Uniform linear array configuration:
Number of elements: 8
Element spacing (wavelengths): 0.75
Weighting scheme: cosine
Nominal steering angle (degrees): -30
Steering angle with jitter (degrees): -28.374
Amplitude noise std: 0.05
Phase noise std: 0.05

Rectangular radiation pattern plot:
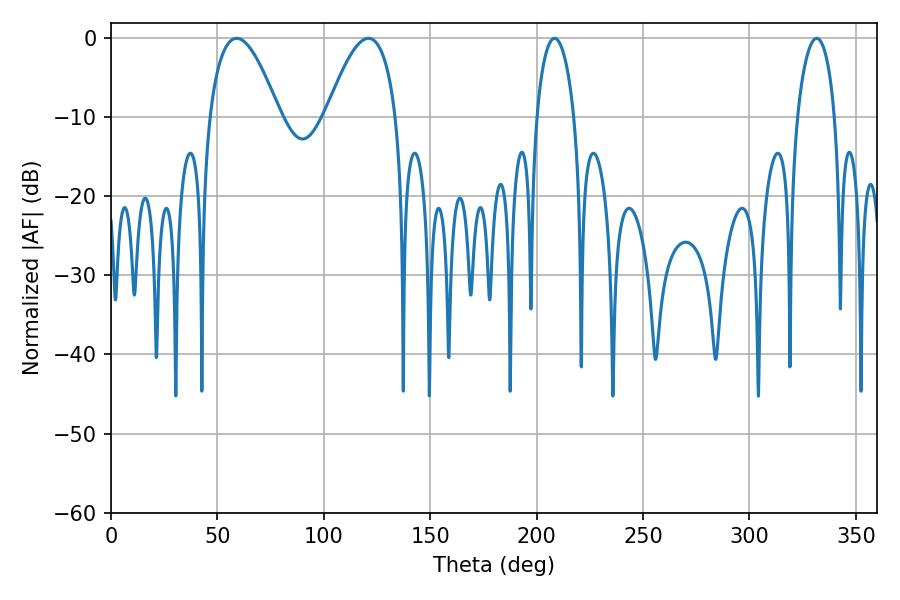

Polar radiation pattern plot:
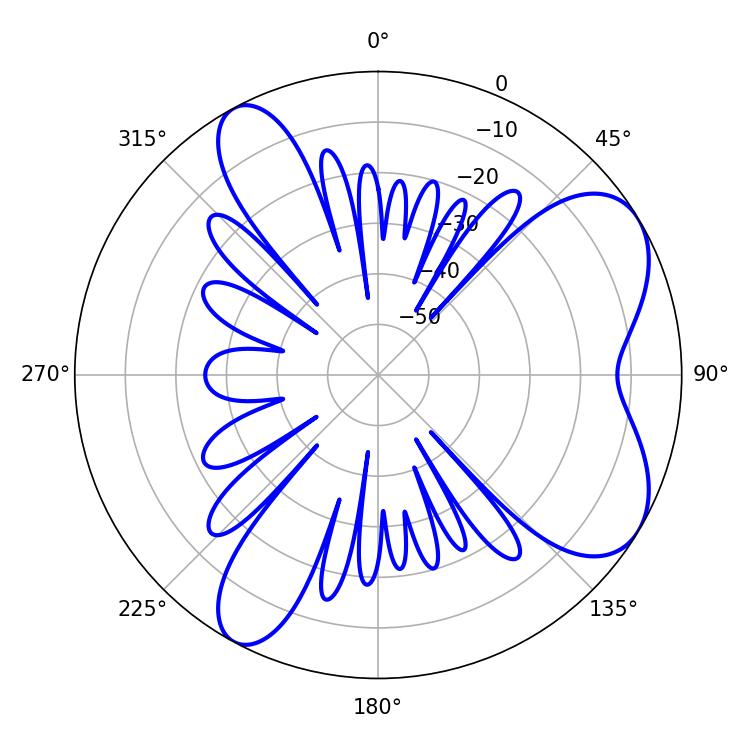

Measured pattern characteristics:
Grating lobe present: TRUE
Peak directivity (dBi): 6.759
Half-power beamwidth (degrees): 18
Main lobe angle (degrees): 59.04